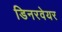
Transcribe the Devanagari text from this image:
डिनरवेयर